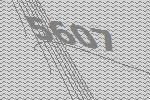
5607